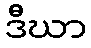
ဒီဃာ